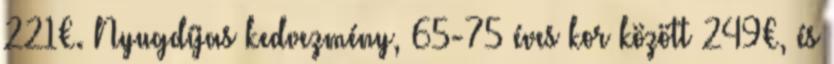
221€. Nyugdíjas kedvezmény, 65-75 éves kor között 249€, és